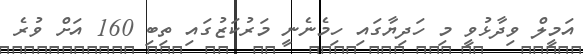
އަމީލް ވިދާޅުވީ މި ހަދިޔާގައި ހިމެނެނީ މަރުކަޒުގައި ތިބި 160 އަށް ވުރެ